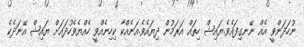
ނުހަދަންވީ އެއް ނޭނގިފައެވެ.ޔައިޝް ހިތައް އަރަމުން ދިޔައެވެ.އަނެއްކާ ކިހިނެއްވީ ހެއްޔެވެހުދައަށް ޔައިޝް އޭނަދެކެ